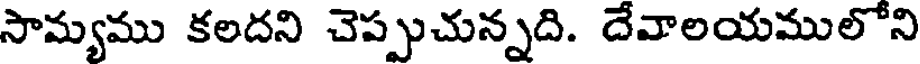
సామ్యము కలదని చెప్పుచున్నది. దేవాలయములోని